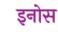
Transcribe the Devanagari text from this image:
इनोस